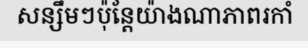
សន្សឹមៗប៉ុន្តែយ៉ាងណាភាពរកាំ